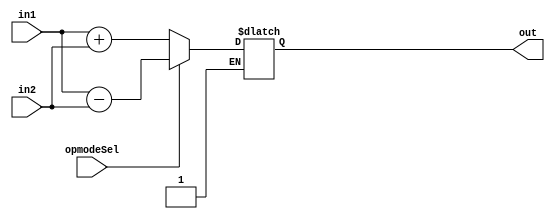
module preAdderSub(in1,in2,opmodeSel,out);
  input [17:0] in1,in2;
  input opmodeSel;
  output reg [17:0] out;
  always @* begin
    if(!opmodeSel)
      out=in1+in2;
    else if(opmodeSel)
      out=in1-in2;
    end
  endmodule